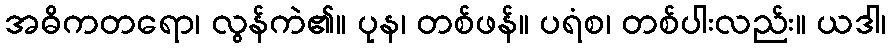
အဓိကတရော၊ လွန်ကဲ၏။ ပုန၊ တစ်ဖန်။ ပရံစ၊ တစ်ပါးလည်း။ ယဒါ၊